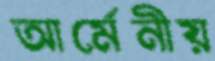
আর্মেনীয়